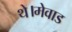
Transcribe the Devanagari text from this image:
थे।मेवाड